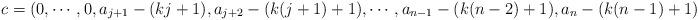
LaTeX: \begin{align*}c=(0,\cdots,0,a_{j+1}-(kj+1),a_{j+2}-(k(j+1)+1),\cdots,a_{n-1}-(k(n-2)+1),a_n-(k(n-1)+1)).\end{align*}